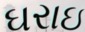
ઘરાઇ